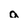
Character: a